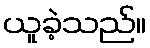
ယူခဲ့သည်။